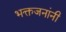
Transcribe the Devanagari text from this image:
भक्तजनांनी